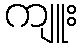
ကျူး